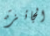
الجائزة